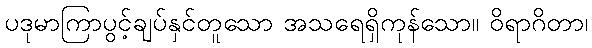
ပဒုမာကြာပွင့်ချပ်နှင်တူသော အသရေရှိကုန်သော။ ဝိရာဂိတာ၊